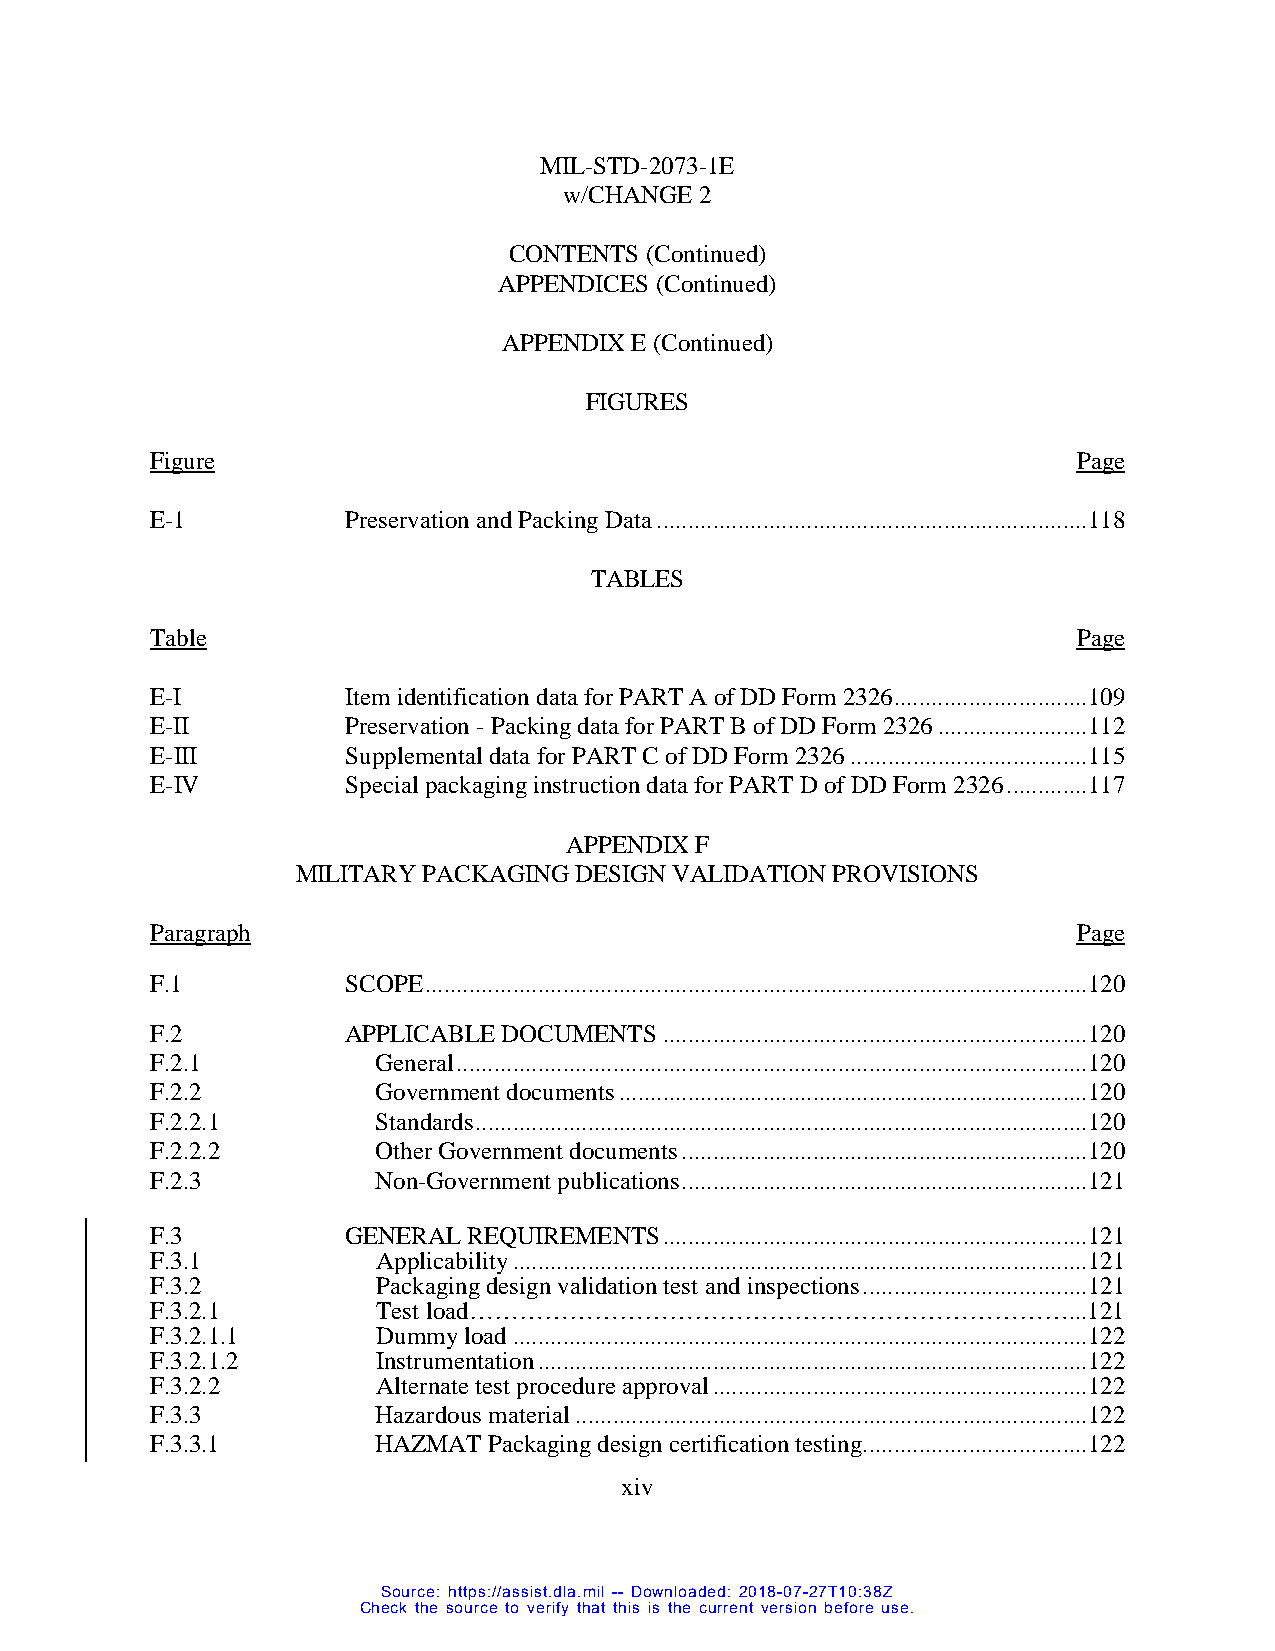
MIL-STD-2073-1E
 w/CHANGE 2
 CONTENTS (Continued)
 APPENDICES (Continued)
 APPENDIX E (Continued)
 FIGURES
 Figure                                                       Page
 E-1          Preservation and Packing Data .....................................................................118
 TABLES
 Table                                                        Page
 E-I          Item identification data for PART A of DD Form 2326 ...............................109
 E-II         Preservation - Packing data for PART B of DD Form 2326 ........................112
 E-III        Supplemental data for PART C of DD Form 2326 ......................................115
 E-IV         Special packaging instruction data for PART D of DD Form 2326 .............117
 APPENDIX F
 MILITARY PACKAGING DESIGN VALIDATION PROVISIONS
 Paragraph                                                    Page
 F.1          SCOPE ..........................................................................................................120
 F.2          APPLICABLE DOCUMENTS ....................................................................120
 F.2.1          General .....................................................................................................120
 F.2.2          Government documents ...........................................................................120
 F.2.2.1        Standards ..................................................................................................120
 F.2.2.2        Other Government documents .................................................................120
 F.2.3          Non-Government publications .................................................................121
 F.3          GENERAL REQUIREMENTS ....................................................................121
 F.3.1          Applicability ............................................................................................121
 F.3.2          Packaging design validation test and inspections ....................................121
 F.3.2.1        Test load………………………………………………………………...121
 F.3.2.1.1      Dummy load ............................................................................................122
 F.3.2.1.2      Instrumentation ........................................................................................122
 F.3.2.2        Alternate test procedure approval ............................................................122
 F.3.3          Hazardous material ..................................................................................122
 F.3.3.1        HAZMAT Packaging design certification testing ....................................122
 xi v
 Source: https://assist.dla.mil -- Downloaded: 2018-07-27T10:38Z
 Check the source to verify that this is the current version before use.